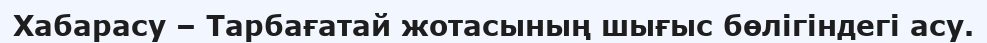
Хабарасу – Тарбағатай жотасының шығыс бөлігіндегі асу.